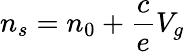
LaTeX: n_{s}=n_{0}+\frac{c}{e}V_{g}